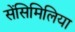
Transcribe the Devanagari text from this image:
सेंसिमिलिया